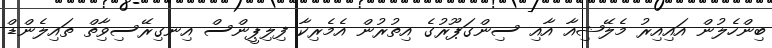
ބިންހެލުން އައިއިރު މެލޭޝިއާ އާއި ސިންގަޕޫރުގެ އިތުރުން އެމެރިކާ ފިލިޕީންސް އިނގިރޭސިވިާތް ތައިލެންޑް